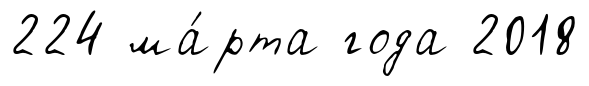
224 ма́рта года 2018